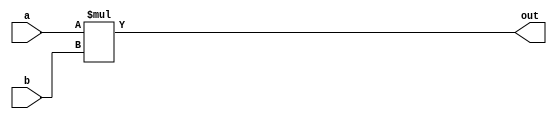
module multiplier
#(parameter WIDTH = 8)

(
    input [WIDTH - 1:0] a,
    input [WIDTH - 1:0] b,
    output [2 * WIDTH - 1:0] out
);

    assign out = a * b;

endmodule